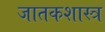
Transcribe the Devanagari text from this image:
जातकशास्त्र